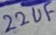
Text: 22uF